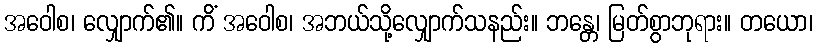
အဝေါစ၊ လျှောက်၏။ ကိံ အဝေါစ၊ အဘယ်သို့လျှောက်သနည်း။ ဘန္တေ၊ မြတ်စွာဘုရား။ တယော၊